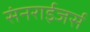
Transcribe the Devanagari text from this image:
संनराईजर्स